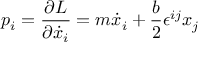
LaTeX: p _ { i } = { \frac { \partial L } { \partial \dot { x } _ { i } } } = m \dot { x } _ { i } + \frac { b } { 2 } \epsilon ^ { i j } x _ { j }